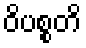
ဝိပစ္စတိ